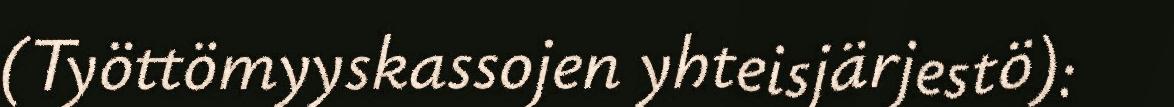
(Työttömyyskassojen yhteisjärjestö):